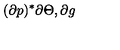
( \partial p ) ^ { * } \partial \Theta , \partial g